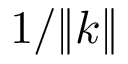
1 / \| k \|